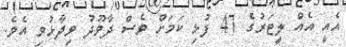
އެއީ އެއް ލީޓަރުގެ 47 ފުޅި ކަމަށް ވެސް ދާވޫދު ވިދާޅުވި އެވެ.